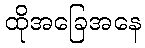
ထိုအခြေအနေ